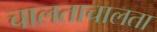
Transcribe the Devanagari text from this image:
चालताचालता